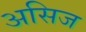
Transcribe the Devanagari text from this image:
असिज